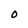
Character: O